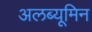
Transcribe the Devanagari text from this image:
अलब्यूमिन